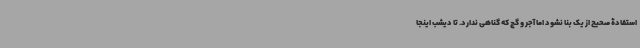
استفادۀ صحیح از یک بنا نشود اما آجر و گچ که گناهی ندارد. تا دیشب اینجا